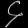
Digit: ၄